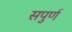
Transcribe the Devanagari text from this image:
सपुर्ण